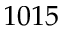
1 0 1 5